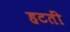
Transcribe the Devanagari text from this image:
हटतीं